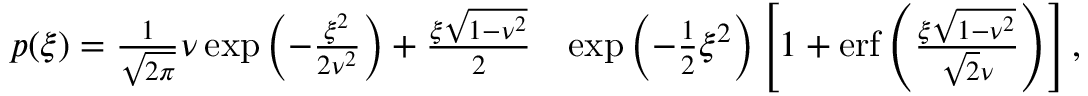
\begin{array} { r l } { p ( \xi ) = \frac { 1 } { \sqrt { 2 \pi } } \nu \exp \left( - \frac { \xi ^ { 2 } } { 2 \nu ^ { 2 } } \right) + \frac { \xi \sqrt { 1 - \nu ^ { 2 } } } { 2 } } & { \exp \left( - \frac { 1 } { 2 } \xi ^ { 2 } \right) \left[ 1 + \mathrm { e r f } \left( \frac { \xi \sqrt { 1 - \nu ^ { 2 } } } { \sqrt { 2 } \nu } \right) \right] , } \end{array}